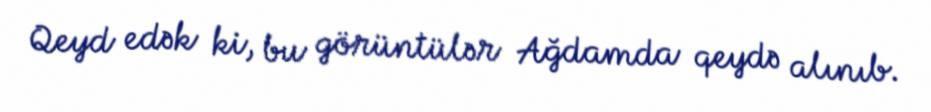
Qeyd edək ki, bu görüntülər Ağdamda qeydə alınıb.